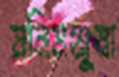
মনিমঞ্জুষা